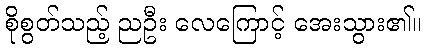
စိုစွတ်သည့် ညဦး လေကြောင့် အေးသွား၏။